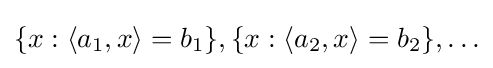
{\textstyle \{x:\langle a_{1},x\rangle =b_{1}\},\{x:\langle a_{2},x\rangle =b_{2}\},\dots }